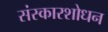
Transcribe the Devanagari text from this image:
संस्कारशोधन